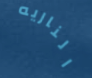
الناريه